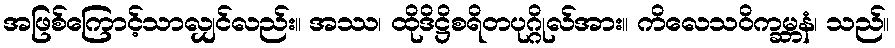
အဖြစ်ကြောင့်သာလျှင်လည်း။ အဿ၊ ထိုဒိဋ္ဌိစရိတပုဂ္ဂိုလ်အား။ ကိလေသဝိက္ခမ္ဘနံ၊ သည်။